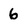
Character: 6